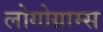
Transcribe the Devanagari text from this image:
लोगोग्राम्स